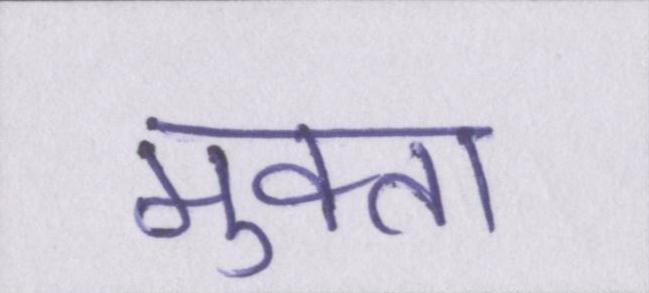
मुक्ता